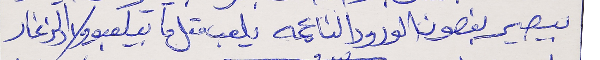
بيصير بغصون الورود الناعمه      يلعب متل ما بيلعبو ولاد الزغار